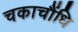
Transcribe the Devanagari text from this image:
चकाचौंधि